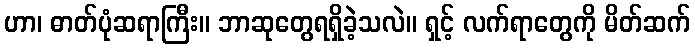
ဟာ၊ ဓာတ်ပုံဆရာကြီး။ ဘာဆုတွေရရှိခဲ့သလဲ။ ရှင့် လက်ရာတွေကို မိတ်ဆက်